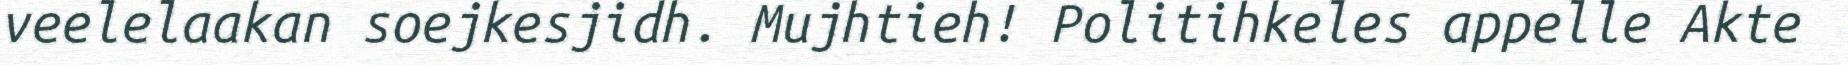
veelelaakan soejkesjidh. Mujhtieh! Politihkeles appelle Akte